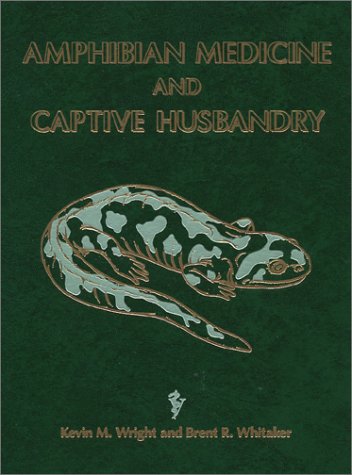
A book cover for Amphibian Medicine and Captive Husbandry; Brent R. Whitaker; Crafts, Hobbies & Home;